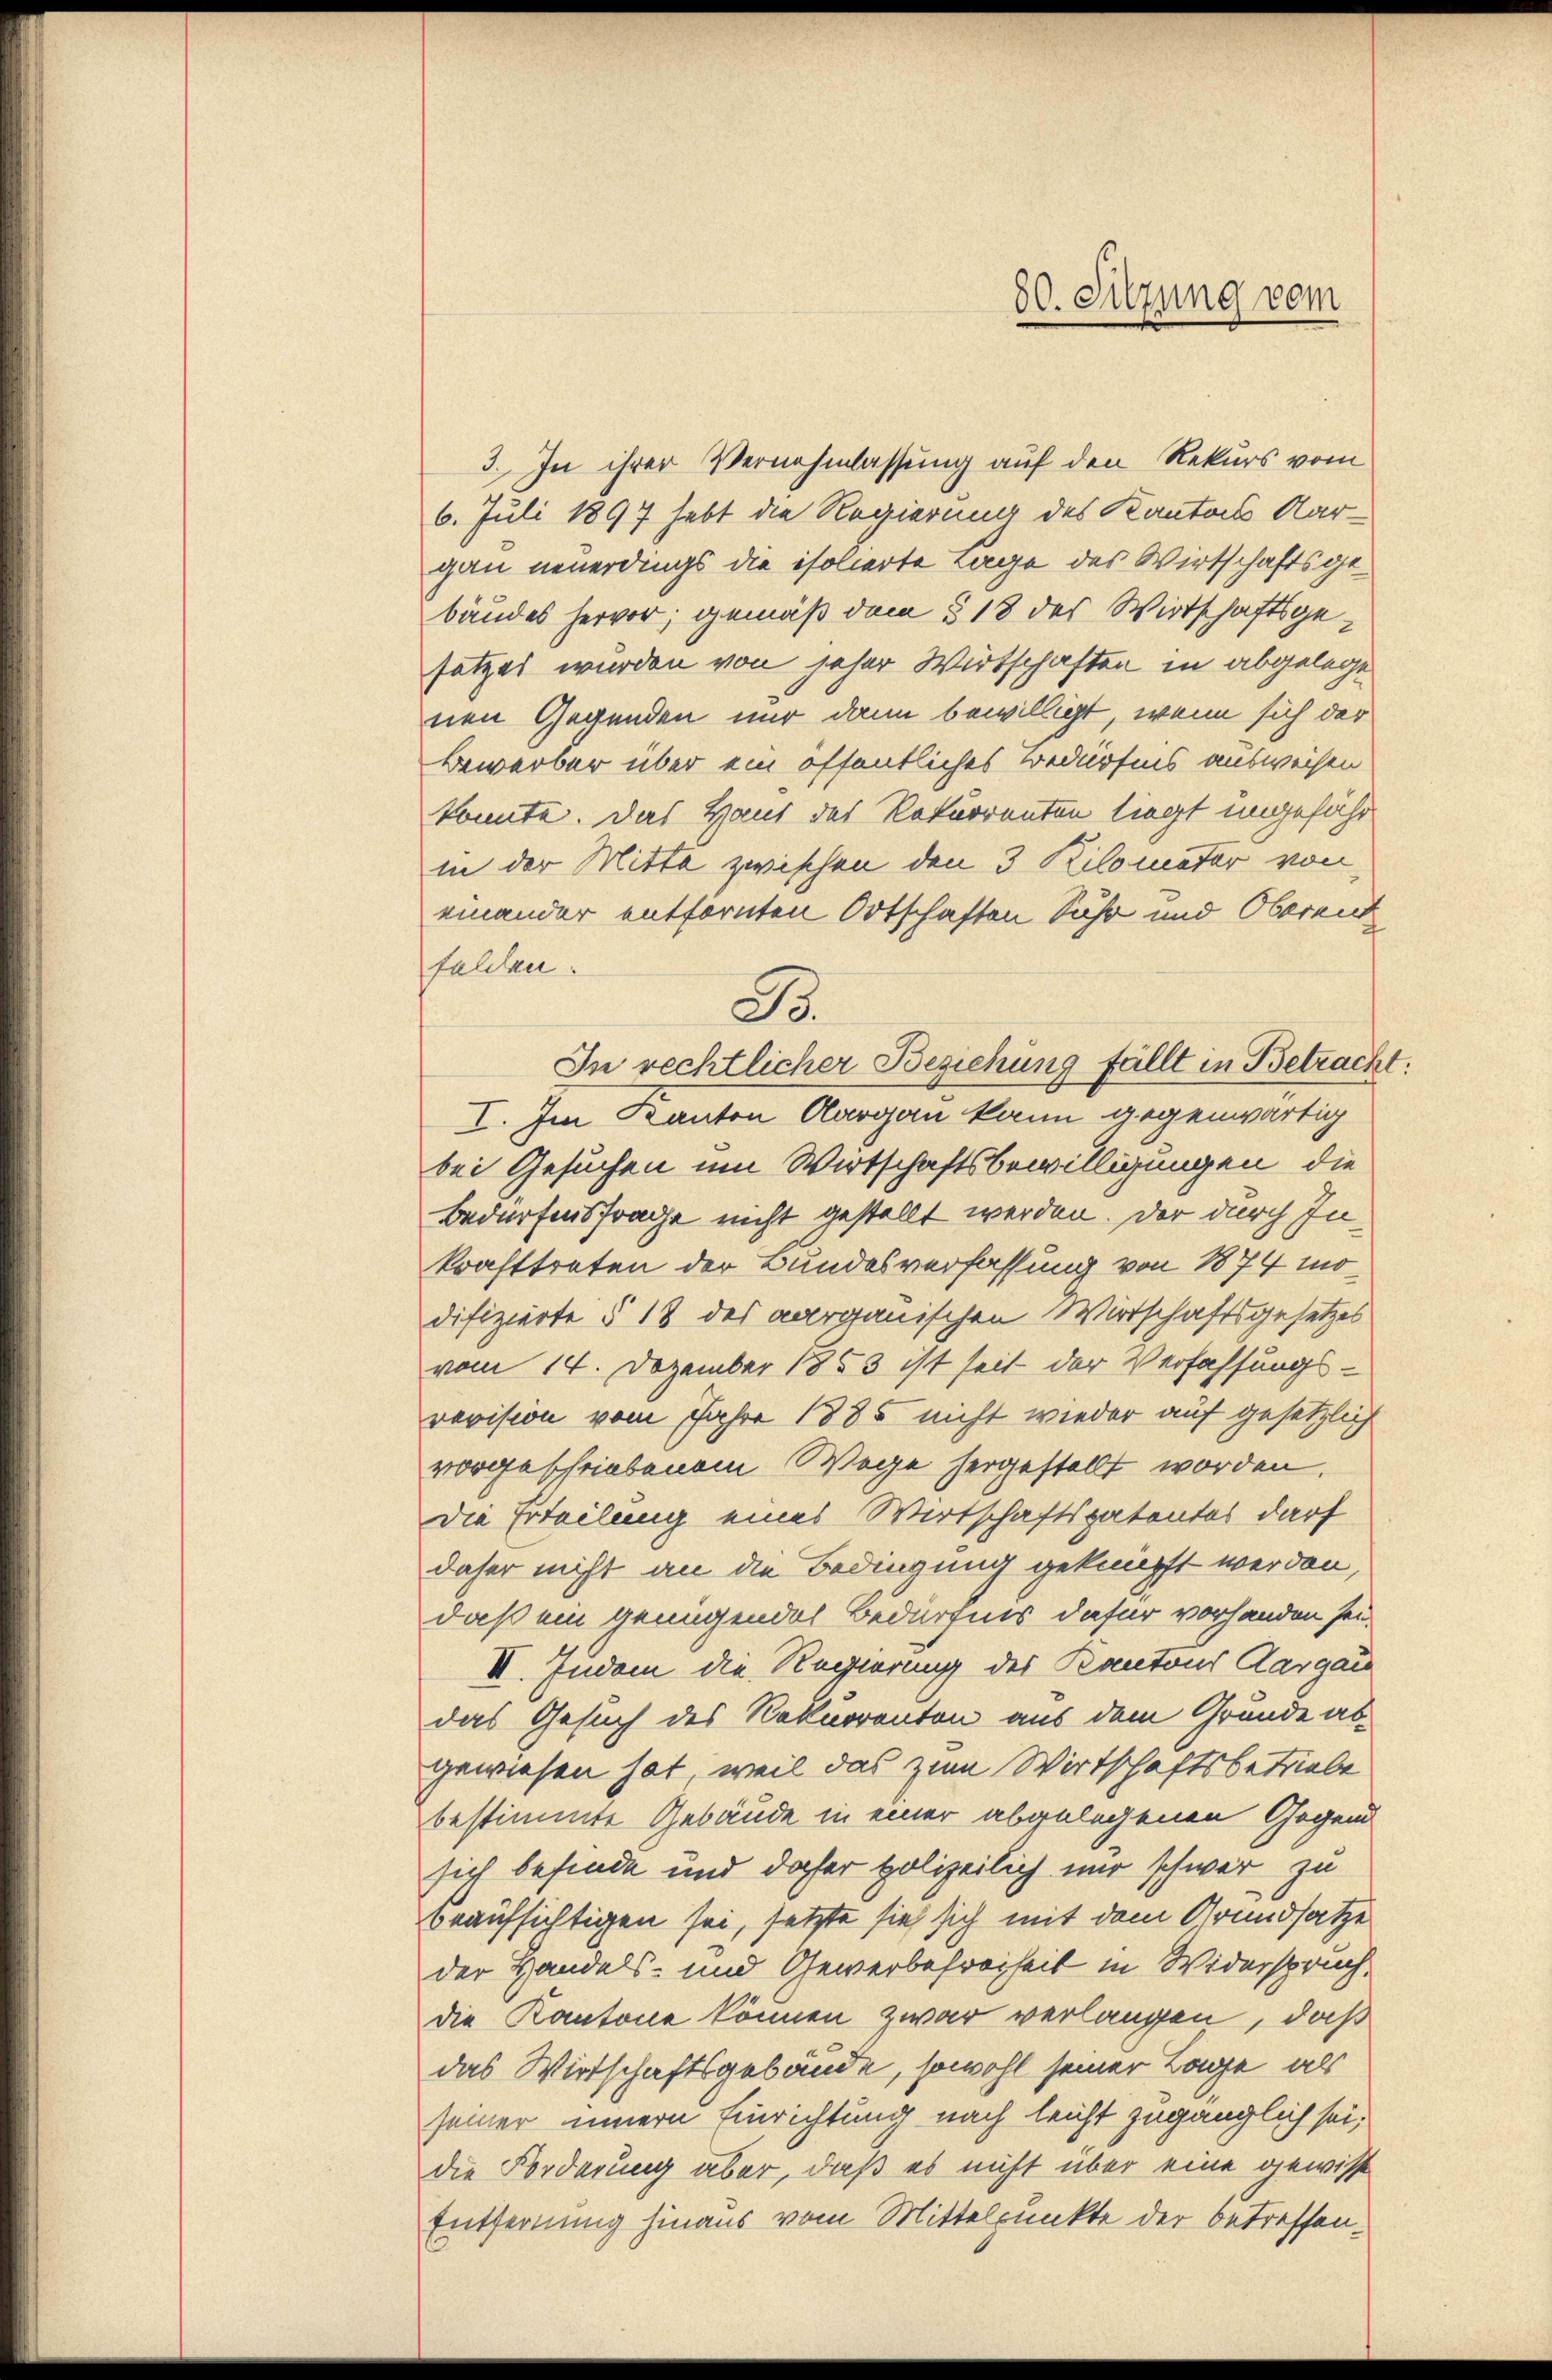
3. In ihrer Vernehmlassung auf den Rekurs vom
6. Juli 1897 hebt die Regierung des Kantons Aargau neuerdings die isolierte Tage des Wirtschaftsgebäudes hervor; gemäß dem § 18 des Wirtschaftsgesatzes wurden von jeher Wirtschaften in abgelege
nen Gegenden nur dann bewilligt, wenn sich der
Bewerber über ein öffentliches Bedürfens ausweisen
konnte. Das Haus des Rekurrenten liegt ungefähr
in der Mitte zwischen den 3 Kilometer von
einander entfernten Ortschaften Suhr und Oberent
felden.
In rechtlicher Beziehung fällt in Betracht:
I. Im Kanton Aargau kann gegenwärtig
bei Gesuchen um Wirtschaftsbewilligungen, die
Bedürfensfrage nicht gestellt werden. Der durch Inkrafttreten der Bundesverfassung von 1874 mödifizierte § 18 des aargauischen Wirtschaftsgesetzes
vom 14. Dezember 1853 ist seit der Verfassungsrevision vom Jahre 1885 nicht wieder auf gesetzlich
vorgeschriebenem Wege hergestellt worden.
die Erteilung eines Wirtschaftspatentes darf
daher nicht an die Bedingung geknüpft werden,
daß ein genügendes Bedürfnis dafür vorhanden sei.
III. Indem die Regierung des Kantons Aargau
das Gesuch des Rekurrenton aus dem Grunde abgewiesen hat, weil das zum Wirtschaftsbetriebe
bestimmte Gebäude in einer abgelegenen Gegend
sich befinde und daher polizeilich nur schwer zu
beaufsichtigen sei, setzte sich sich mit dem Grundsatze
der Handels- und Gewerbefreiheit in Widerspruch,
die Kantone können zwar verlangen, daß
das Wirtschaftsgebäude, sowohl seiner Lage als
seiner innern Einrichtung nach leicht zugänglich sei;
die Forderung aber, daß es nicht über eine gewisse
Entfernung hinaus vom Mittelpunkte der betreffen¬

B.

80. Sitzung vom